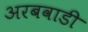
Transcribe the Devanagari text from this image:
अरबवाडी